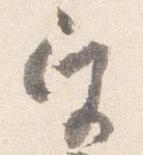
宮